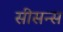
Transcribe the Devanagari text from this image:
सीसन्स